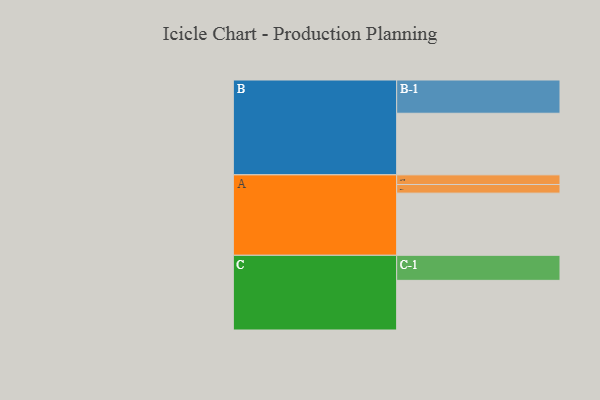
{"axis": {"x": "Segment", "y": "Value"}, "legend": ["", "A", "B", "C"], "data": [{"x": "A", "y": 432, "type": ""}, {"x": "B", "y": 428, "type": ""}, {"x": "C", "y": 345, "type": ""}, {"x": "A-1", "y": 60, "type": "A"}, {"x": "A-2", "y": 67, "type": "A"}, {"x": "B-1", "y": 231, "type": "B"}, {"x": "C-1", "y": 174, "type": "C"}]}